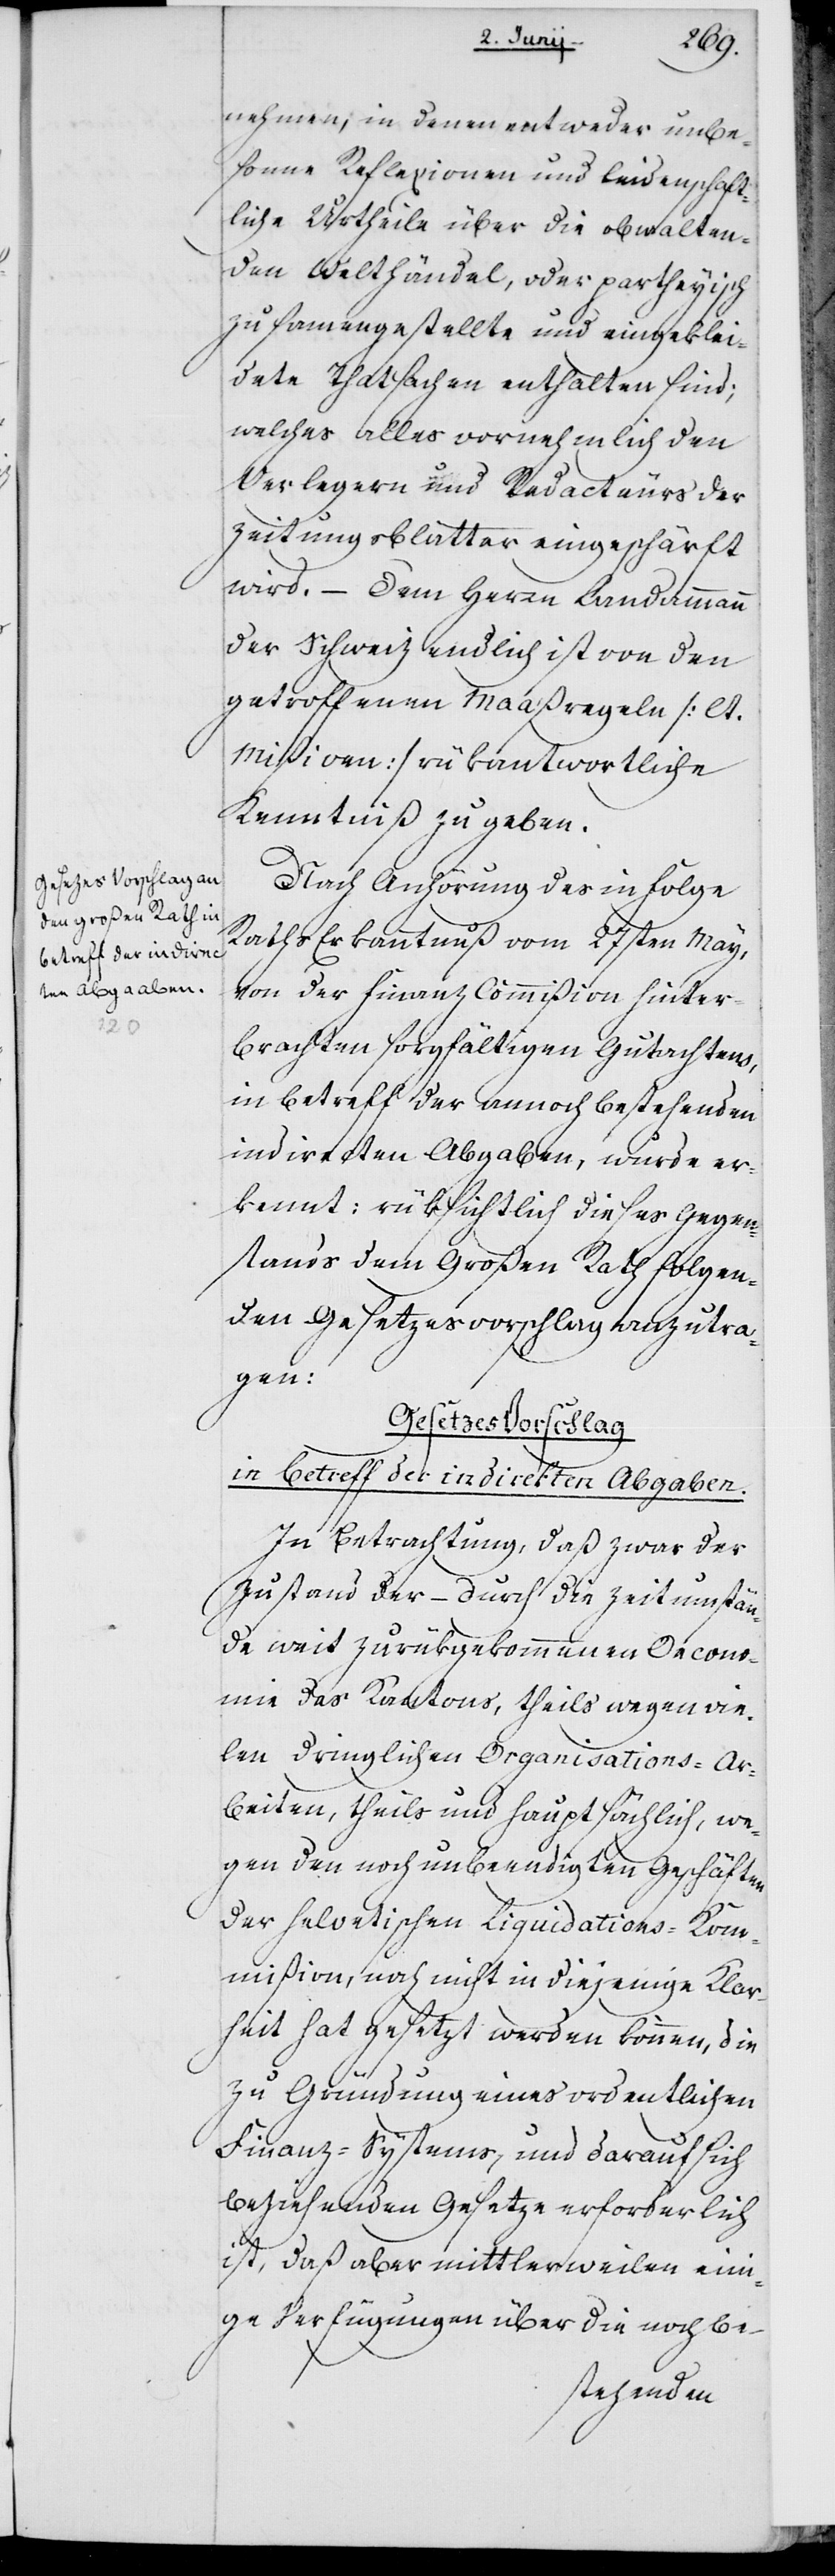
nehmen, in denen entweder unbe¬
sonne Reflexionen und leidenschaft¬
liche Urtheile über die obwalten¬
den Welthändel, oder partheyisch
zusammengestellte und eingeklei¬
dete Thatsachen enthalten sind;
welches alles vornehmlich den
Verlegern und Redacteurs der
Zeitungsblätter eingeschärft
wird. – Dem Herrn Landammann
der Schweiz endlich ist von den
getroffenen Maßregeln (lt.
Mißiven) rükantwortliche
Kenntniß zu geben.
Nach Anhörung des in Folge
Raths Erkanntnuß vom 27sten May,
von der Finanz Commißion hinter¬
brachten sorgfältigen Gutachtens,
in Betreff der annoch bestehenden
indirecten Abgaben, wurde er¬
kennt: rüksichtlich dieses Gegen¬
standes dem Großen Rath folgen¬
den Gesetzesvorschlag anzutra¬
gen:
Gesetzesvorschlag
in Betreff der indirecten Abgaben.
In Betrachtung, daß zwar der
Zustand der – durch die Zeitumstän¬
de weit zurükgekommenen Oecono¬
mie des Kantons, theils wegen vie¬
len dringlichen Organisations-Ar¬
beiten, theils und hauptsächlich, we¬
gen den noch unbeendigten Geschäften
der helvetischen Liquidations-Kom¬
mißion, noch nicht in diejeinge Klar¬
heit hat gesetzt werden können, die
zu Gründung eines ordentlichen
Finanz-Systems, und darauf sich
beziehenden Gesetze erforderlich
ist, daß aber mittlerweilen eini¬
ge Verfügungen über die noch be-